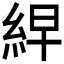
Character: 𮈎